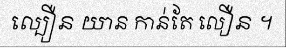
ល្បឿន យាន កាន់តែ លឿន ។